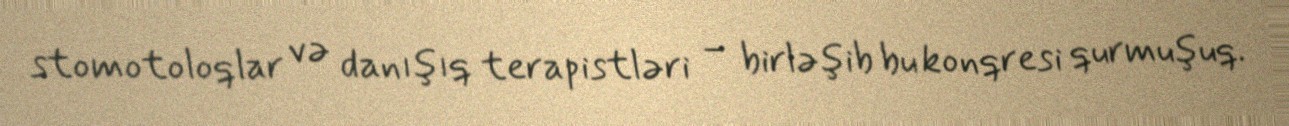
stomotoloqlar və danışıq terapistləri – birləşib bu konqresi qurmuşuq.